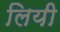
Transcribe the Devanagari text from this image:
लियी